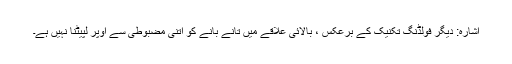
اشارہ: دیگر فولڈنگ تکنیک کے برعکس ، بالائی علاقے میں تانے بانے کو اتنی مضبوطی سے اوپر لپیٹنا نہیں ہے۔